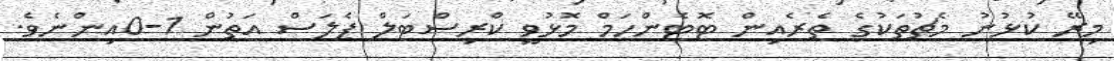
މިރޭ ކުޅުނު މެޗުތަކުގެ ތެރެއިން ޓޮޓެންހަމް މޮޅުވީ ކްރިސްޓަލް ޕެލަސް އަތުން 1-0އިންނެވެ.